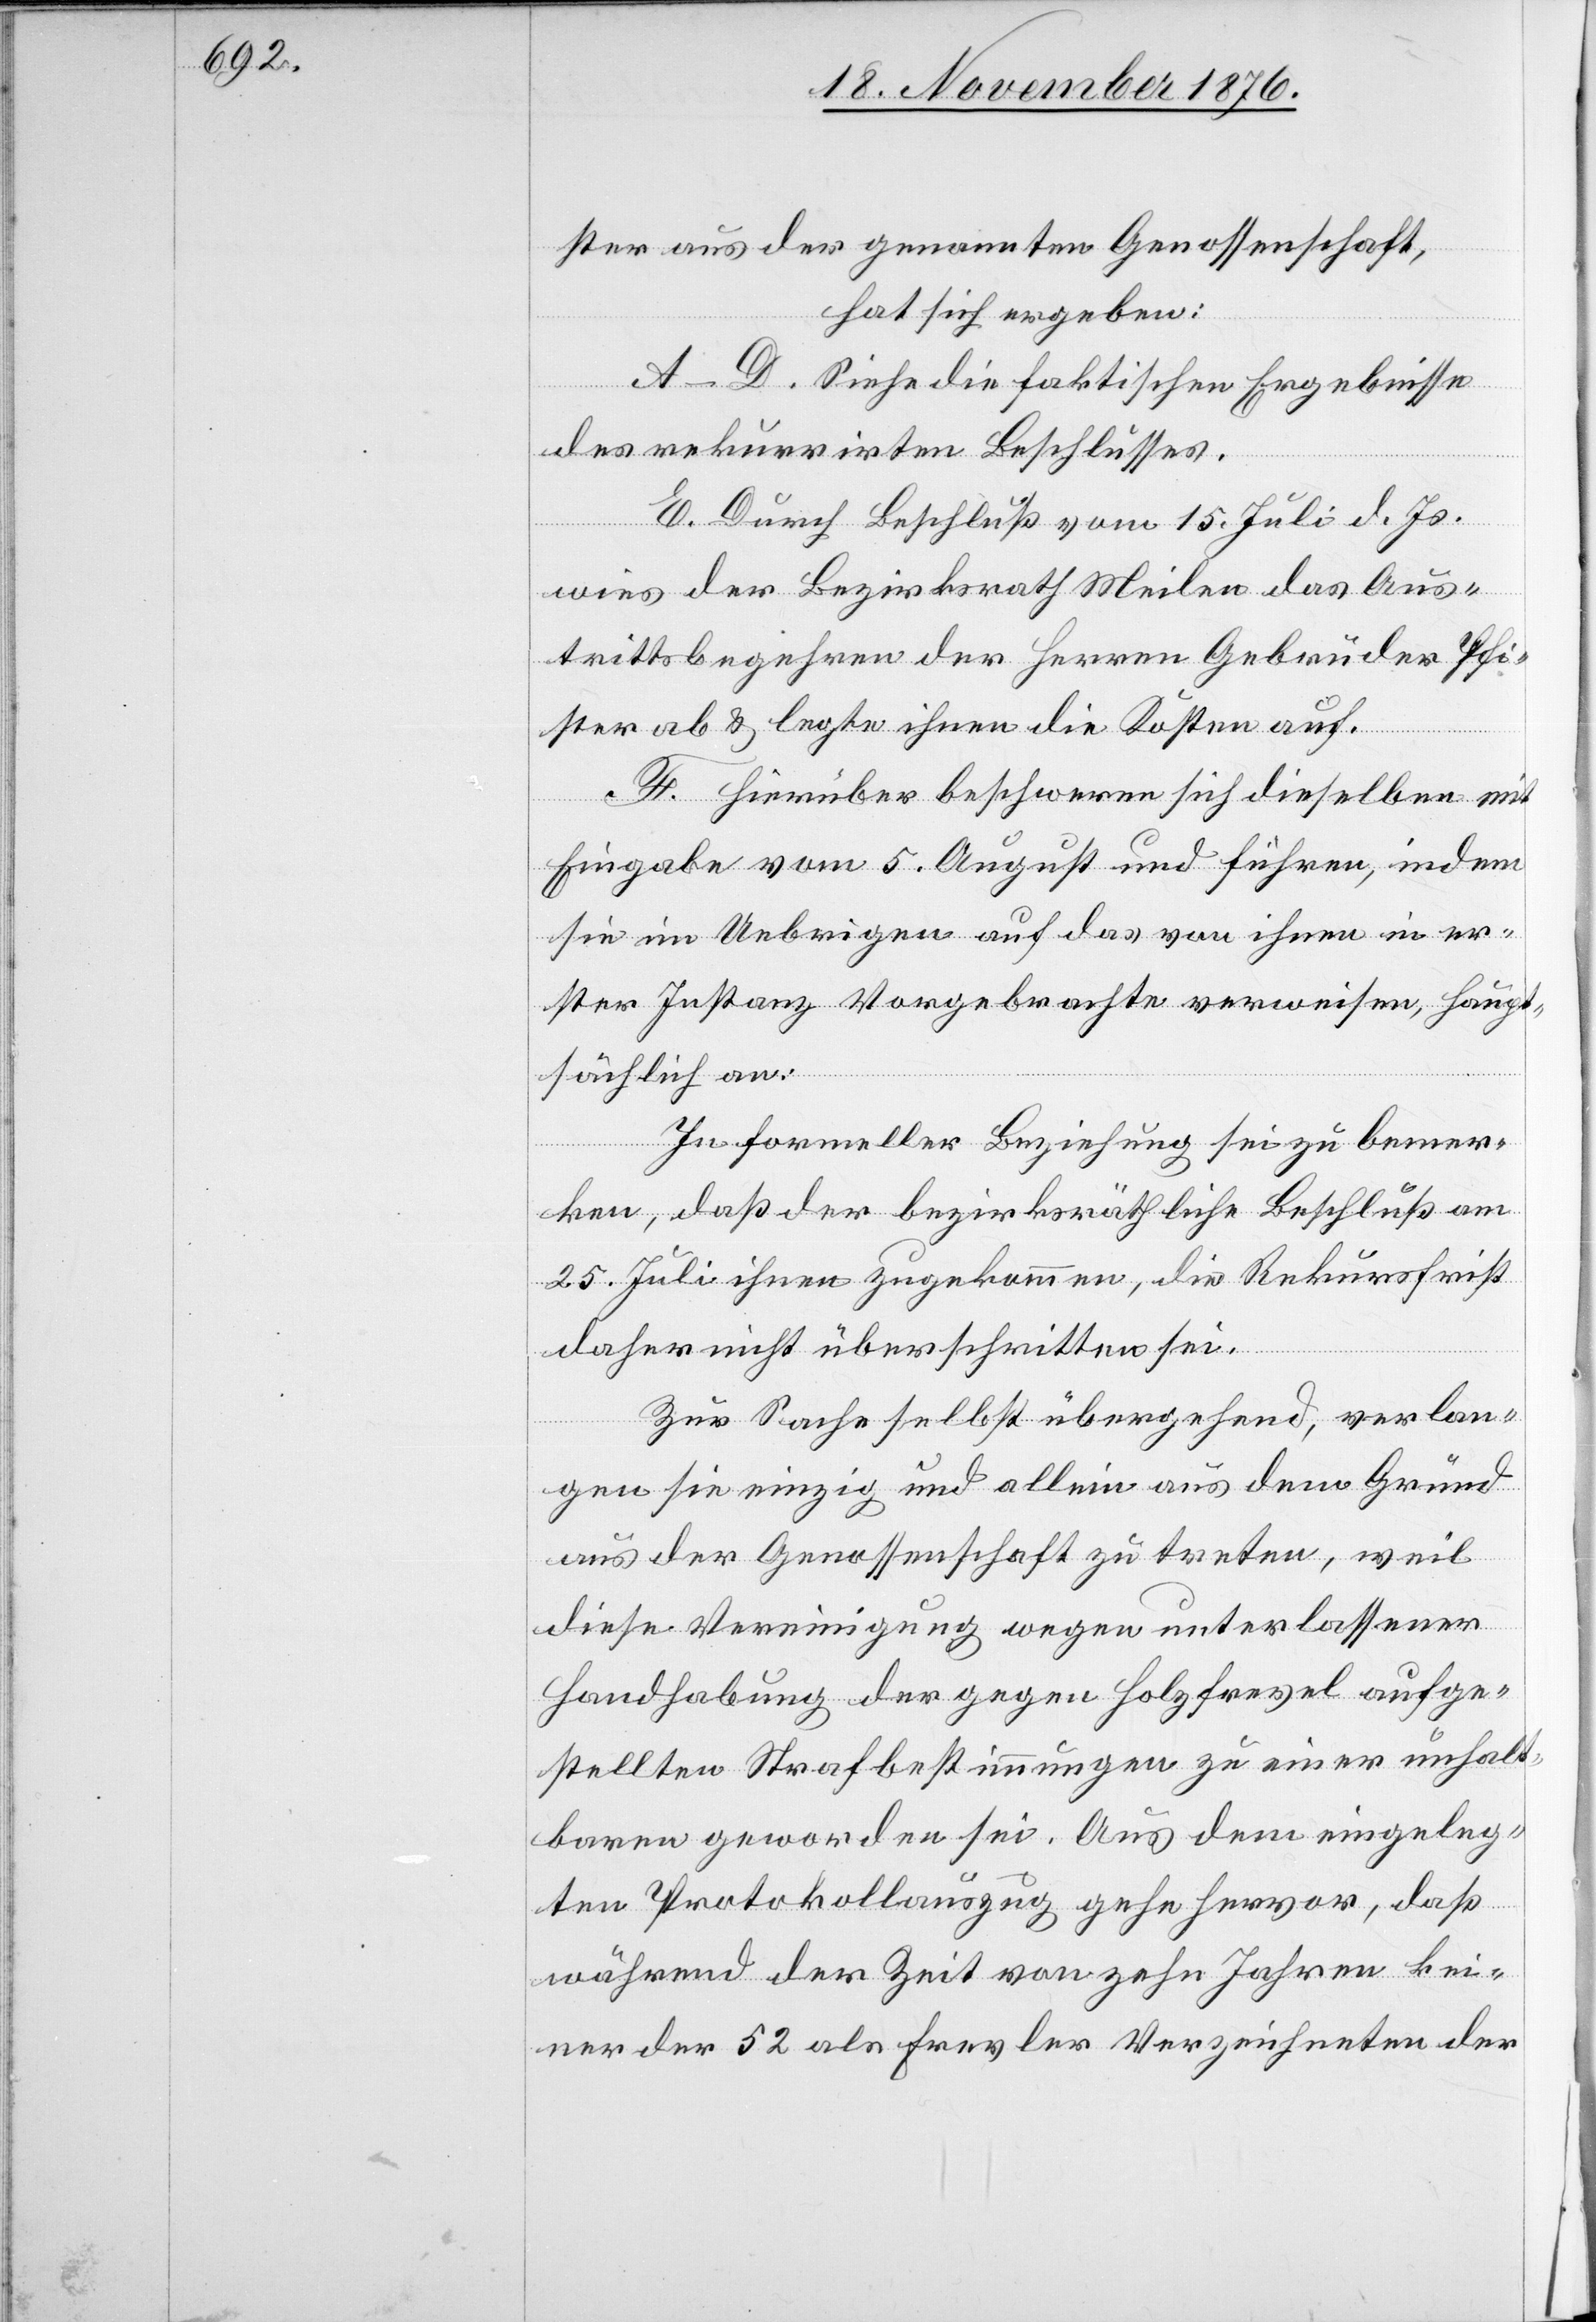
ster aus der genannten Genossenschaft,
hat sich ergeben:
A–D. Siehe die faktischen Ergebnisse
des rekurrirten Beschlusses.
E. Durch Beschluß vom 15. Juli d. Js.
wies der Bezirksrath Meilen das Aus¬
trittsbegehren der Herren Gebrüder Pfi¬
ster ab & legte ihnen die Kosten auf.
F. Hierüber beschweren sich dieselben mit
Eingabe vom 5 August und führen, indem
sie im Uebrigen auf das von ihnen in er¬
ster Instanz Vorgebrachte verweisen, haupt¬
sächlich an:
In formeller Beziehung sei zu bemer¬
ken, daß der bezirksräthliche Beschluß am
25. Juli ihnen zugekommen, die Rekursfrist
daher nicht überschritten sei.
Zur Sache selbst übergehend, verlan¬
gen sie einzig und allein aus dem Gründ
aus der Genossenschaft zu treten, weil
diese Vereinigung wegen unterlassener
Handhabung gegen Holzfrevel aufge¬
stellten Strafbestimmungen zu einer unhalt¬
baren geworden sei. Aus dem eingeleg¬
ten Protokollauszug gehe hervor, daß
während der Zeit von zehn Jahren kei¬
ner der 52 als Frevler Verzeichneten der